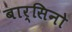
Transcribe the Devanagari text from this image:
बार्सिनो